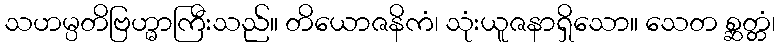
သဟမ္ပတိဗြဟ္မာကြီးသည်။ တိယောဇနိကံ၊ သုံးယူဇနာရှိသော။ သေတ စ္ဆတ္တံ၊